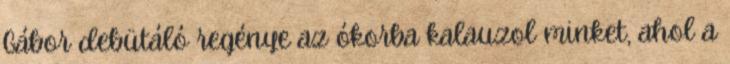
Gábor debütáló regénye az ókorba kalauzol minket, ahol a